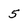
Character: 5